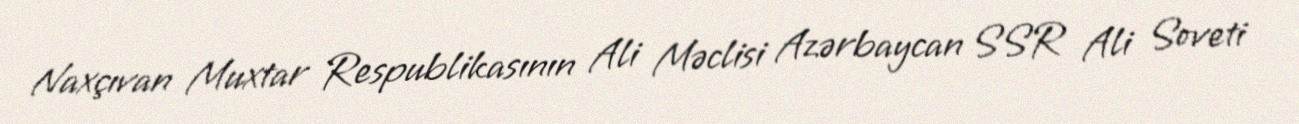
Naxçıvan Muxtar Respublikasının Ali Məclisi Azərbaycan SSR Ali Soveti